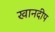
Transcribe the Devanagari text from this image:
खानदीप